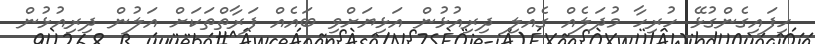
ހިފައިގެންގުޅޭ ހުރިހާ މުދަލެއް ގެއްލި ދިރިއުޅުން އަޅިޔަށްވި ބައެއް ފަރާތްތަކަށް އަލުން ދިރިއުޅުން